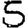
Digit: 5